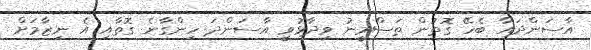
އާސަންދައާ ބެހޭ ގޮތުން ތަސްމީނު ވިދާޅުވީ އާސަންދަ ހިންގާނެ ގޮތާއި އެ ނިޒާމަށް